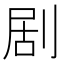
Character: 剧